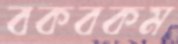
বকবকম